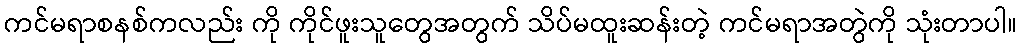
ကင်မရာစနစ်ကလည်း ကို ကိုင်ဖူးသူတွေအတွက် သိပ်မထူးဆန်းတဲ့ ကင်မရာအတွဲကို သုံးတာပါ။